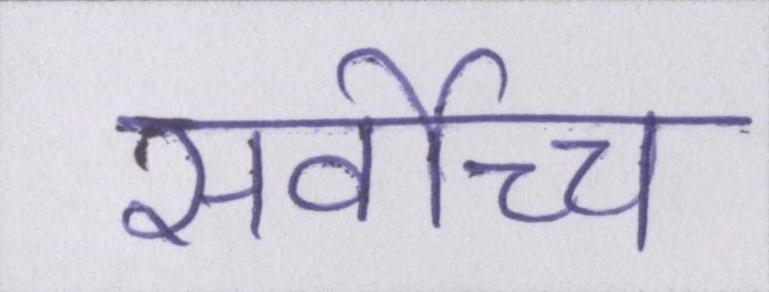
सर्वोच्च